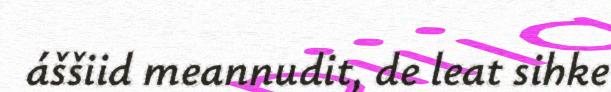
áššiid meannudit, de leat sihke